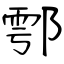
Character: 鄠